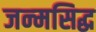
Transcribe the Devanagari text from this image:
जन्‍मसिद्ध